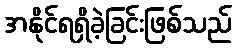
အနိုင်ရရှိခဲ့ခြင်းဖြစ်သည်